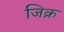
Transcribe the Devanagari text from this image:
जिक्र